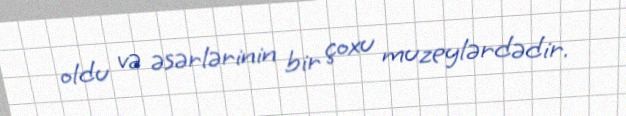
oldu və əsərlərinin bir çoxu muzeylərdədir.